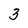
Character: 3